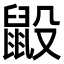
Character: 𪕂